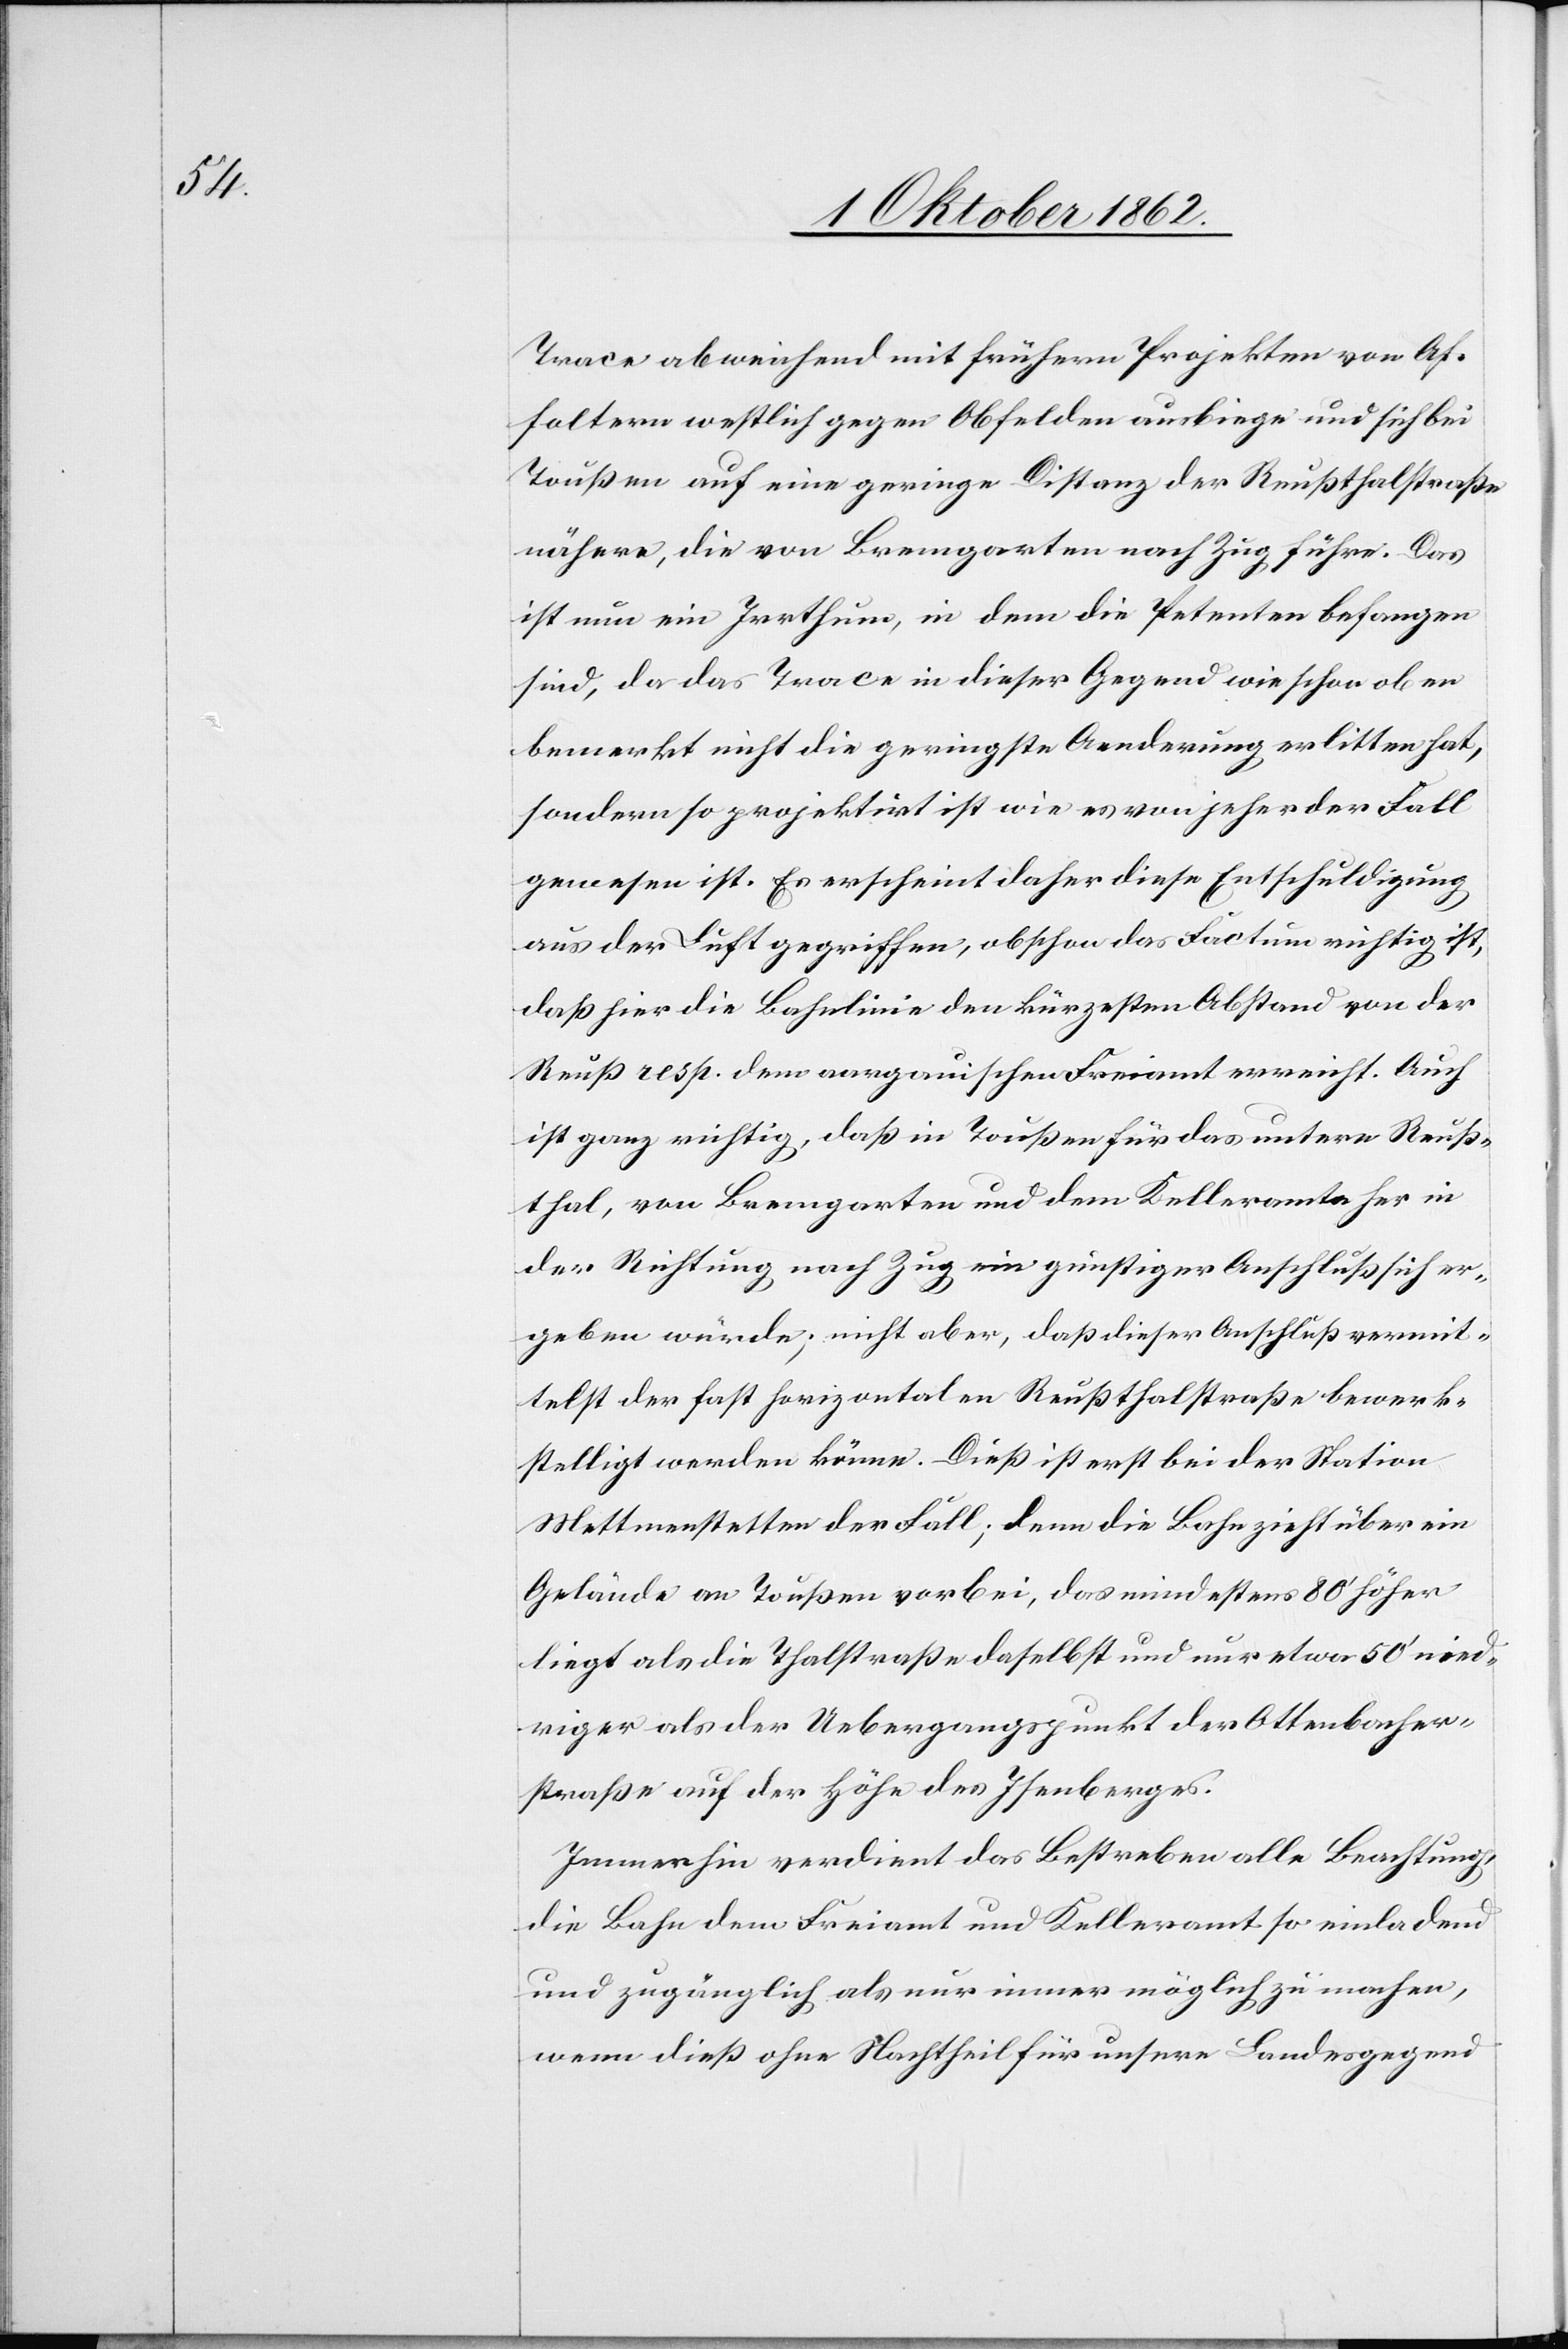
Trace abweichend mit frühern Projekten von Af¬
foltern westlich gegen Obfelden ausbiege und sich bei
Toußen auf eine geringe Distanz der Reußthalstraße
nähere, die von Bremgarten nach Zug führe. Das
ist nun ein Irrthum, in dem die Petenten behangen
sind, da das Trace in dieser Gegend wie schon oben
bemerkt nicht die geringste Aenderung erlitten hat,
sondern so projektirt ist, wie es von jeher der Fall
gewesen ist. Es erscheint daher diese Entschuldigung
aus der Luft gegriffen, obschon das Factum richtig ist,
daß hier die Bahnlinie den kürzesten Abstand von der
Reuß resp. dem aargauischen Freiamt erreicht. Auch
ist ganz richtig, daß in Toußen für das untere Reuß¬
thal, von Bremgarten und dem Kelleramte her in
der Richtung nach Zug ein günstiger Anschluß sich er¬
geben würde; nicht aber, daß dieser Anschluß vermit¬
telst der fast horizontalen Reußthalstraße bewerk¬
stelligt werden könne. Dieß ist erst bei der Station
Mettmenstetten der Fall, denn die Bahn zieht über ein
Gebäude an Toußen vorbei, das mindestens 80’ höher
liegt als die Thalstraße daselbst und nur etwa 50’ wen¬
iger als der Uebergangspunkt der Ottenbacher¬
straße auf der Höhe des Isenberges.
Immerhin verdient das Bestreben alle Beachtung,
die Bahn dem Freiamt und Kelleramt so einladend
und zugänglich als nur einer möglich zu machen,
wenn dieß ohne Nachtheil für unsere Landesgegend